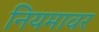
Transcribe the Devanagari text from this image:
नियमावर